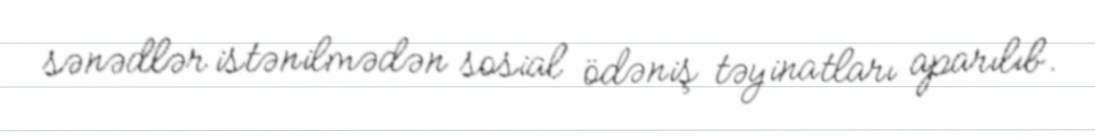
sənədlər istənilmədən sosial ödəniş təyinatları aparılıb.